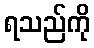
ရသည်ကို